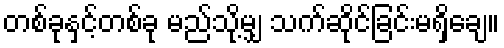
တစ်ခုနှင့်တစ်ခု မည်သို့မျှ သက်ဆိုင်ခြင်းမရှိချေ။